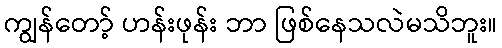
ကျွန်တော့် ဟန်းဖုန်း ဘာ ဖြစ်နေသလဲမသိဘူး။